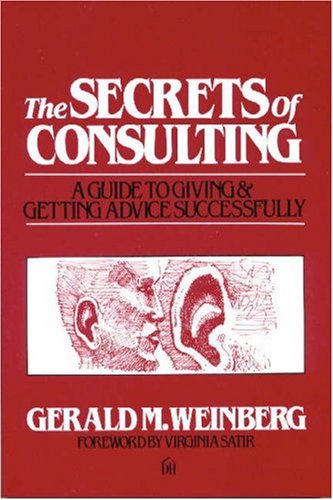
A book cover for The Secrets of Consulting: A Guide to Giving and Getting Advice Successfully; Gerald M. Weinberg; Business & Money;